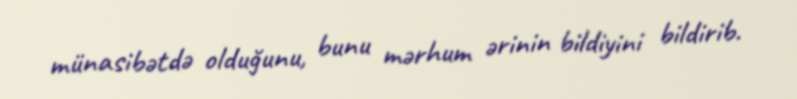
münasibətdə olduğunu, bunu mərhum ərinin bildiyini bildirib.